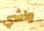
واشي